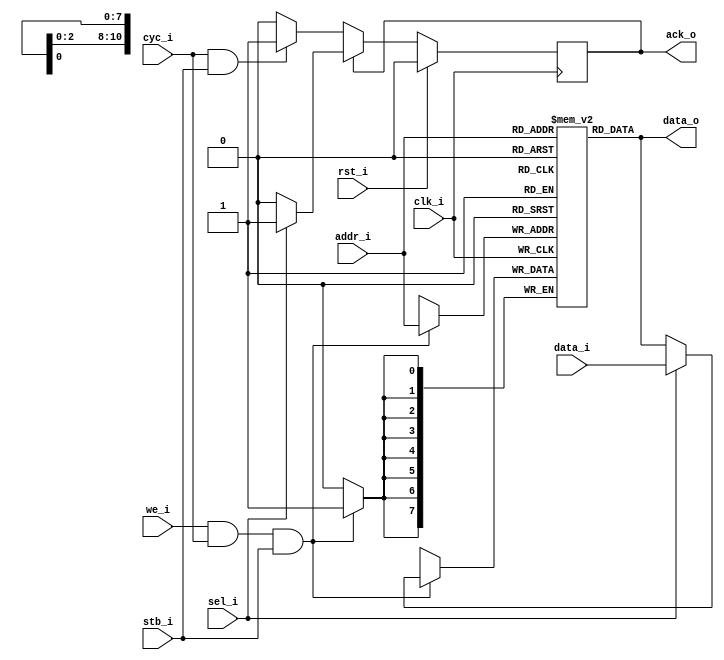
//                              -*- Mode: Verilog -*-
// Description     : Wishbone RAM 8x2K
// Last Modified By: .
// Last Modified On: .
// Update Count    : 0
// Status          : Unknown, Use with caution!

module wb_ram_8x2k(
		   input wire clk_i,
		   input wire rst_i,
		   
		   input wire [10:0] addr_i,
		   input wire [7:0] data_i,
		   input wire we_i,
		   input wire cyc_i,
		   input wire stb_i,
		   input wire sel_i,
		   
		   output reg ack_o,
		   output wire [7:0] data_o
		   );

   
    //
    // Write data to the SRAMS, use a mux to select which bank gets the new
    // data and which ones hold their data
    //
    wire [7:0] 	      wr_data;
    assign wr_data[7:0] = sel_i ? data_i[ 7: 0] : data_o[ 7: 0];

    //
    // Acknowledge memory cycle so the master knows it is finished
    //
    always @ (posedge clk_i)
      if (rst_i)
	ack_o <= 1'b0;
     else
       if (!ack_o) 
	 begin
	     if (cyc_i & stb_i)
	       ack_o <= 1'b1; 
	 end  
       else
	 if (sel_i != 1'b1) 
	   ack_o <= 1'b0;


    //
    // Xilinx RAMB memories
    //
`ifdef XILINX
    initial $display("XILINX WB RAM 8x2K RAM");
    wire  enable = sel_i & cyc_i & stb_i; 
 
    RAMB16_S9 ram0(
		   .DO(data_o[7:0]), 
		   .DOP(), 
		   .ADDR(addr_i), 
		   .CLK(clk_i),
		   .DI(wr_data[7:0]), 
		   .DIP(1'b0), 
		   .EN(enable), 
		   .SSR(rst_i), 
		   .WE(we_i)
		   );  
`else 

    //
    // ALTERA syncram memories
    //
 `ifdef ALTERA
    initial
      begin
	  $display("ALTERA WB RAM 8x2K RAM");
      end

    altsyncram	altsyncram_component (
				      .aclr0 (rst_i),
				      .address_a (addr_i),
				      .clock0 (clk_i),
				      .data_a (wr_data[7:0]),
				      .wren_a (we_i),
				      .q_a (data_o[7:0]),
				      .aclr1 (1'b0),
				      .address_b (1'b1),
				      .addressstall_a (1'b0),
				      .addressstall_b (1'b0),
				      .byteena_a (1'b1),
				      .byteena_b (1'b1),
				      .clock1 (1'b1),
				      .clocken0 (1'b1),
				      .clocken1 (1'b1),
				      .clocken2 (1'b1),
				      .clocken3 (1'b1),
				      .data_b (1'b1),
				      .eccstatus (),
				      .q_b (),
				      .rden_a (1'b1),
				      .rden_b (1'b1),
				      .wren_b (1'b0));
    defparam
      altsyncram_component.lpm_hint = "ENABLE_RUNTIME_MOD=NO",
      altsyncram_component.lpm_type = "altsyncram",
      altsyncram_component.numwords_a = 2048,
      altsyncram_component.operation_mode = "SINGLE_PORT",
      altsyncram_component.widthad_a = 11,
      altsyncram_component.width_a = 8,
      altsyncram_component.width_byteena_a = 1;    
    
 `else

   initial $display("ASIC WB RAM 8x2K RAM");
    //
    // Generic "ASIC" based memory.  Real ASICs would need a model from the vendor!
    // 
    reg [7:0] memory[0:2047];
    assign data_o = memory[addr_i];    
    wire [7:0] mem0 = memory[0];
    wire [7:0] mem1 = memory[1];
    wire [7:0] mem2 = memory[2];
    wire [7:0] mem3 = memory[3];
    
    
    
    always @(posedge clk_i)
      if (we_i & cyc_i & stb_i)
	memory[addr_i] <= wr_data;    
	
 `endif // !`ifdef ALTERA
`endif // !`ifdef XILINX
           
endmodule // wb_ram_8x2k